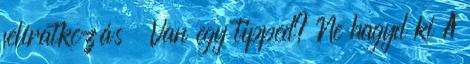
feliratkozás Van egy tipped? Ne hagyd ki A